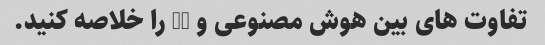
تفاوت های بین هوش مصنوعی و ML را خلاصه کنید.